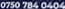
0750 784 0404